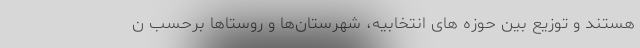
هستند و توزیع بین حوزه های انتخابیه، شهرستان‌ها و روستاها برحسب ن